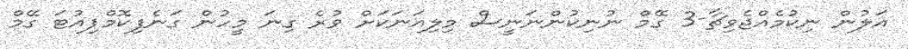
އަލުން ނިކުމެއްޖެވިޗާ-3 ގޭމް ނުނިކުންނަނީސް މިލިއަނަކަށް ވުރެ ގިނަ މީހުން ގަނެފިކޮމްޕިއުޓަ ގޭމް